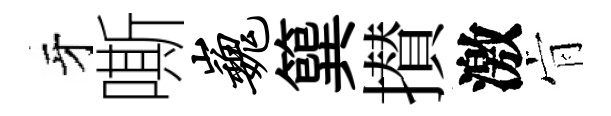
牙嘶巍簨攅激肻